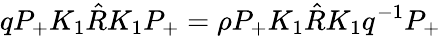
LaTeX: qP_{+}K_{1}\hat{R}K_{1}P_{+}=\rho P_{+}K_{1}\hat{R}K_{1}q^{-1}P_{+}